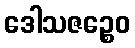
ဒေါသဇဉ္စေဝ